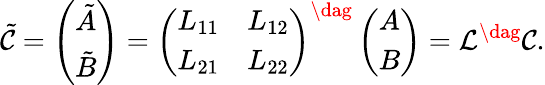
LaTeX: \tilde{\mathcal{C}}=\left(\begin{array}{l}{\tilde{A}}\\ {\tilde{B}}\end{array}\right)=\left(\begin{array}{ll}{L_{11}}&{L_{12}}\\ {L_{21}}&{L_{22}}\end{array}\right)^{\dag}\left(\begin{array}{l}{A}\\ {B}\end{array}\right)=\mathcal{L}^{\dag}\mathcal{C}.